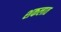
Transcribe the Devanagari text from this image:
शकलात